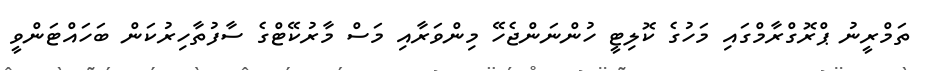
ތަމްރީނު ޕްރޮގްރާމްގައި މަހުގެ ކޮލިޓީ ހުންނަންޖެހޭ މިންވަރާއި މަސް މާރުކޭޓްގެ ސާފުތާހިރުކަން ބަހައްޓަންވީ